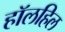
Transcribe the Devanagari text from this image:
हॉलहिल